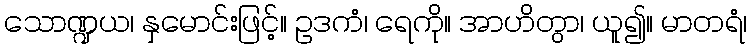
သောဏ္ဍယ၊ နှမောင်းဖြင့်။ ဥဒကံ၊ ရေကို။ အာဟိတွာ၊ ယူ၍။ မာတရံ၊